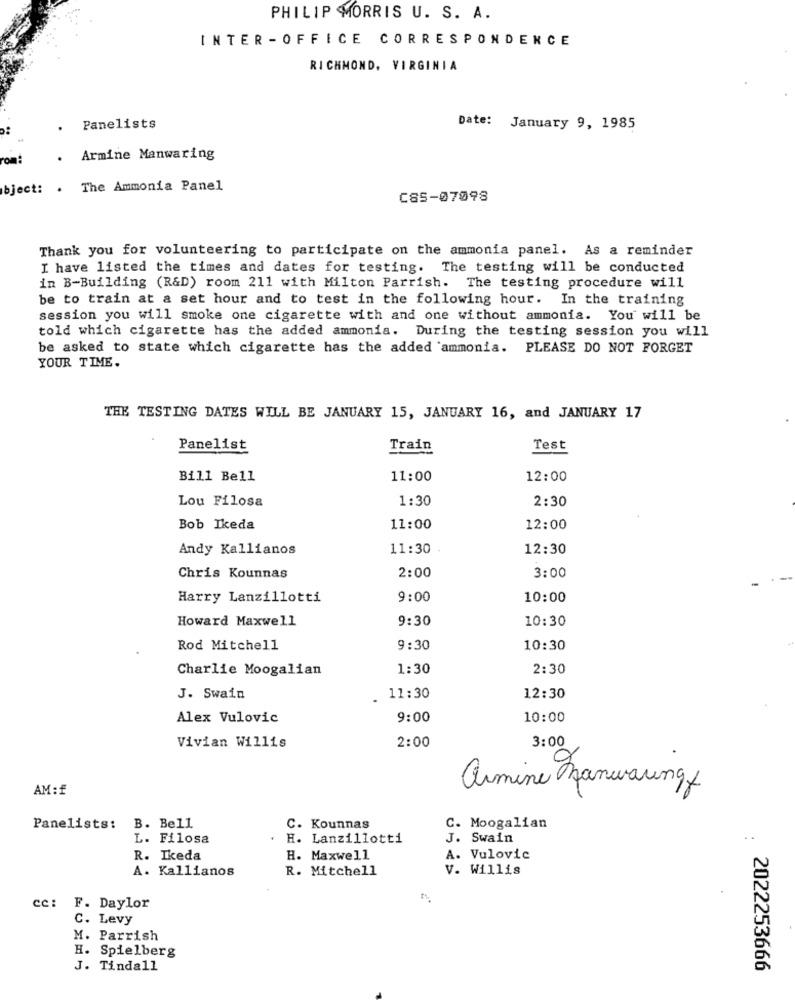
PHILIP MORRIS U. S. A.
INTER -OFFICE CORRESPONDENCE
RICHMOND, VIRGINIA
Panelists
Date: January 9, 1985
.Armine Manwaring
bject: . The Ammonia Panel
CS5-07098
Thank you for volunteering to participate on the ammonia panel. As a reminder
I have listed the times and dates for testing. The testing will be conducted
in B-Building (R&D) room 211 with Milton Parrish. The testing procedure will
be to train at a set hour and to test in the following hour. In the training
session you will smoke one cigarette with and one without ammonia. You will be
told which cigarette has the added ammonia. During the testing session you will
be asked to state which cigarette has the added ammonia. PLEASE DO NOT FORGET
YOUR TIME.
THE TESTING DATES WILL BE JANUARY 15, JANUARY 16, and JANUARY 17
Panelist
Train
Test
Bill Bell
11:00
12:00
Lou Filosa
1:30
2:30
Bob Ikeda
11:00
12:00
Andy Kallianos
11:30
12:30
Chris Kounnas
2:00
3:00
Harry Lanzillotti
9:00
10:00
Howard Maxwell
9:30
10:30
Rod Mitchell
9:30
10:30
Charlie Moogalian
1:30
2:30
J. Swain
11:30
12:30
Alex Vulovic
9:00
10:00
2:00
3:00
Vivian Willis
armine Banwaungf
AM : £
Panelists: B. Bell
C. Kounnas
C. Moogalian
L. Filosa
H. Lanzillotti
J. Swain
..
R. Ikeda
H. Maxwell
A. Vulovic
A. Kallianos
V. Willis
R. Mitchell
cc: F. Daylor
C. Levy
M. Parrish
H. Spielberg
J. Tindall
2022253666